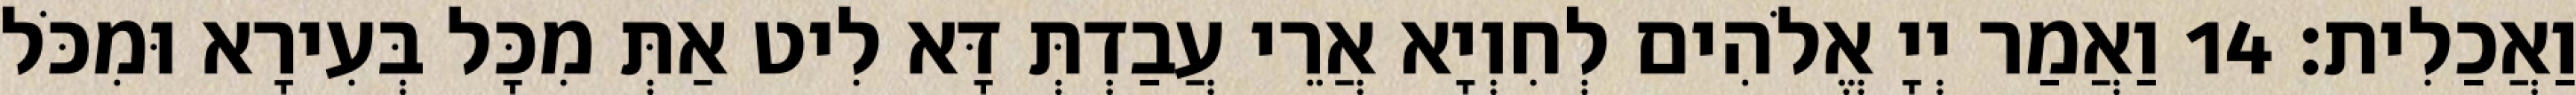
וַאֲכַלִית׃ 14 וַאֲמַר יְיָ אֱלֹהִים לְחִוְיָא אֲרֵי עֲבַדְתְּ דָּא לִיט אַתְּ מִכָּל בְּעִירָא וּמִכֹּל